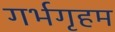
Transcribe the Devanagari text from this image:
गर्भगृहम